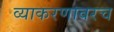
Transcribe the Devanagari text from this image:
व्याकरणावरच